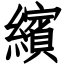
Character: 繽